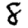
Digit: 8